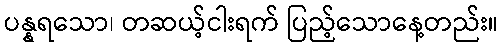
ပန္နရသော၊ တဆယ့်ငါးရက် ပြည့်သောနေ့တည်း။